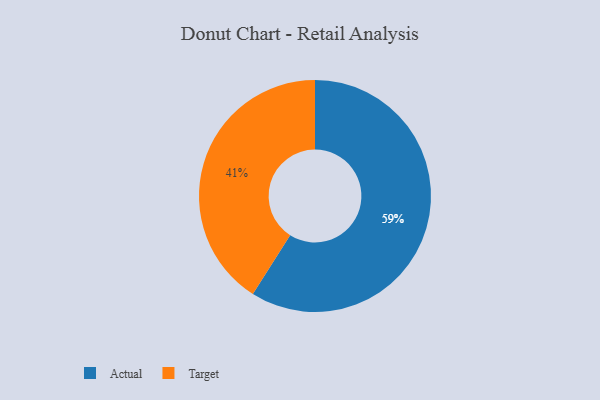
{"axis": {"x": "Category", "y": "Percentage"}, "legend": ["Actual", "Target"], "data": [{"x": "Actual", "y": 59, "type": "Actual"}, {"x": "Target", "y": 41, "type": "Target"}]}